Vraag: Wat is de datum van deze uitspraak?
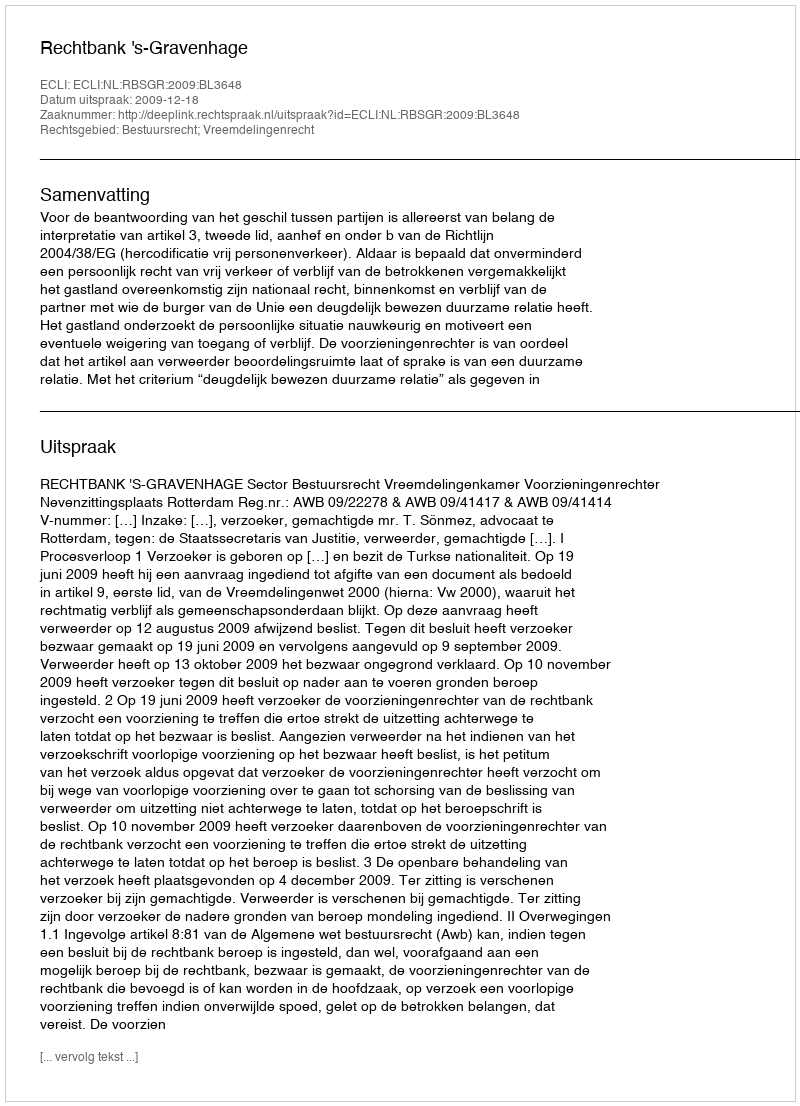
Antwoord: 2009-12-18